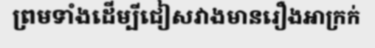
ព្រមទាំងដើម្បីជៀសវាងមានរឿងអាក្រក់